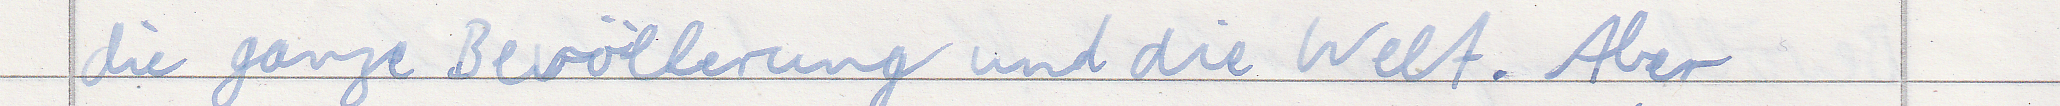
die ganze Bevölkerung und die Welt. Aber